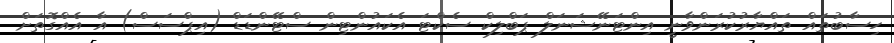
ހިސާބުތައް ތައްޔާރުކުރަންވާނީ އިންޓަނޭޝަނަލް ޕަބްލިކް ސެކްޓަ އެކައުންޓިން ސްޓޭންޑަޑް (އިޕްސަސް) އާ އެއްގޮތަށް